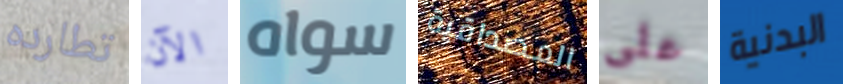
تطارده الآن سواه المصداقية على البدنية